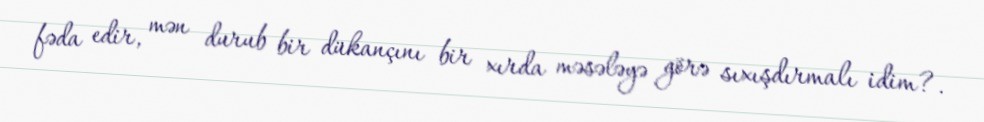
fəda edir, mən durub bir dükançını bir xırda məsələyə görə sıxışdırmalı idim?.